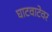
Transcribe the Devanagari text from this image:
घाटवाटेवर